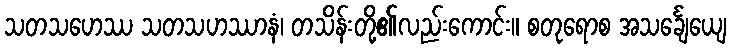
သတသဟေဿ သတသဟဿာနံ၊ တသိန်းတို့၏လည်းကောင်း။ စတုရောစ အသင်္ချေယျေ